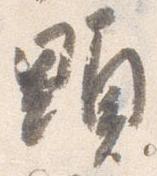
顕